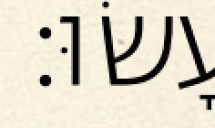
עָשׂוּ׃